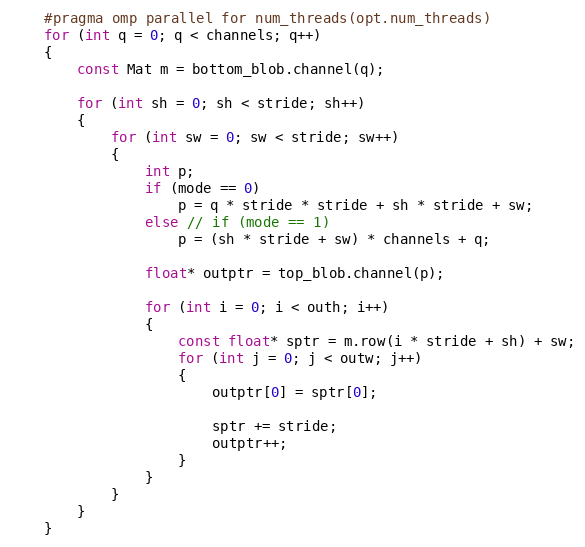
Language: C++
    #pragma omp parallel for num_threads(opt.num_threads)
    for (int q = 0; q < channels; q++)
    {
        const Mat m = bottom_blob.channel(q);

        for (int sh = 0; sh < stride; sh++)
        {
            for (int sw = 0; sw < stride; sw++)
            {
                int p;
                if (mode == 0)
                    p = q * stride * stride + sh * stride + sw;
                else // if (mode == 1)
                    p = (sh * stride + sw) * channels + q;

                float* outptr = top_blob.channel(p);

                for (int i = 0; i < outh; i++)
                {
                    const float* sptr = m.row(i * stride + sh) + sw;
                    for (int j = 0; j < outw; j++)
                    {
                        outptr[0] = sptr[0];

                        sptr += stride;
                        outptr++;
                    }
                }
            }
        }
    }